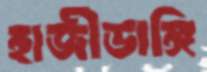
হাজীডাঙ্গি